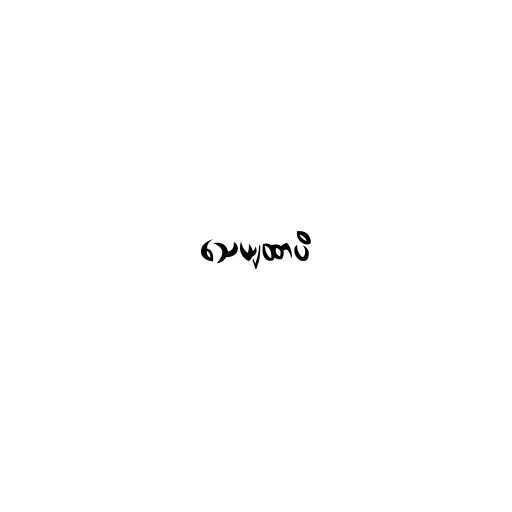
သေယျထာပိ